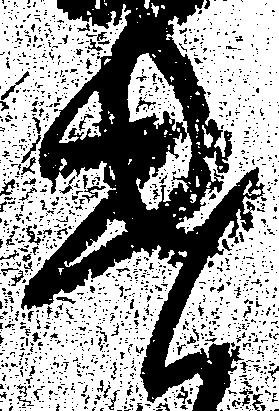
遣